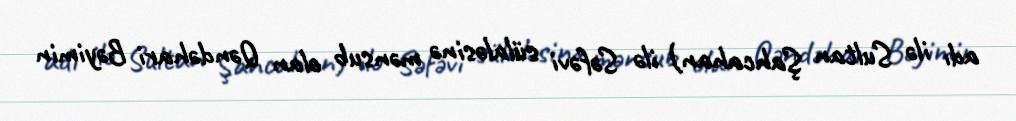
adı ilə Sultan Şahcahan) ilə Səfəvi sülaləsinə mənsub olan Qəndəhari Bəyimin